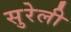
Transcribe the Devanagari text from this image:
सुरेली